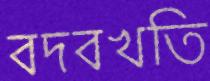
বদবখতি